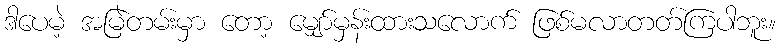
ဒါပေမဲ့ အမြဲတမ်းမှာ တော့ မျှော်မှန်းထားသလောက် ဖြစ်မလာတတ်ကြပါဘူး။